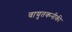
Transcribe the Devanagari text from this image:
वायुतकनीकी